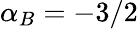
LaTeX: \alpha_{B}=-3/2